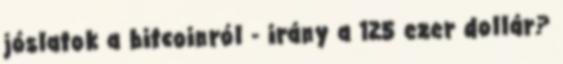
jóslatok a bitcoinról - irány a 125 ezer dollár?